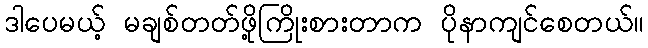
ဒါပေမယ့် မချစ်တတ်ဖို့ကြိုးစားတာက ပိုနာကျင်စေတယ်။